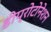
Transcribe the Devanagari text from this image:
डीप्रोटोनेशन